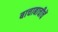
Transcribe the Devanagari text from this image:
बाचाबाचीचें